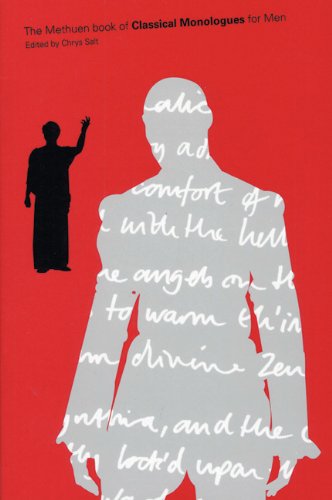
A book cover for Classical Monologues For Men (Audition Speeches); Chrys Salt; Literature & Fiction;